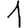
Digit: 1